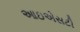
આઇએસટી